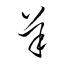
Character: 羊